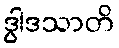
ဒွါဒသာတိ